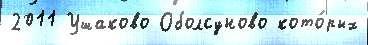
2011 Ушаково Оболсуново кото́рых